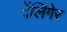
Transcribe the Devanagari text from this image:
देंलिंगेर